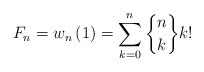
\begin{align*}F_{n}=w_{n}\left( 1\right) =\sum_{k=0}^{n}\genfrac{\{}{\}}{0pt}{}{n}{k}k! \end{align*}